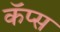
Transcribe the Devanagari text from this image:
कॅप्स